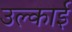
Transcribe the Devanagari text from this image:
उल्काई